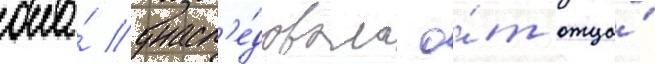
она́ унасл'е́довала о́т отца́